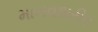
માનવશરીર